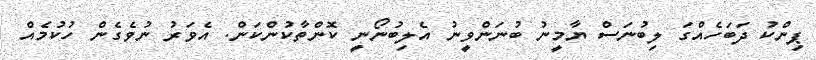
ޕިންކު ދަބަހެއްގަ ލިބުނަސް ޔާމީނު ބުނަންވީނު އެލިބުނޯނީ ކޮންތާކުންކަން. އެވަރު ނުވެގެން ހުކުމެއް